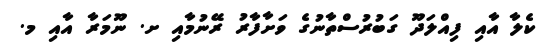
ކެލާ އާއި ފިއްލަދޫ ގަބުރުސްތާނުގެ ވަށާފާރު ރޭނުމާއި ށ. ނޫމަރާ އާއި މ.